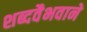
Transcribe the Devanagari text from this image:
शब्दवैभवाने